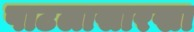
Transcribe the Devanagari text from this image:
पाटलासारखा